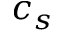
c _ { s }